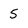
Character: 5